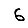
Digit: 6